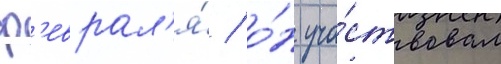
ф'еврал'я́ / о́н уча́ствовал